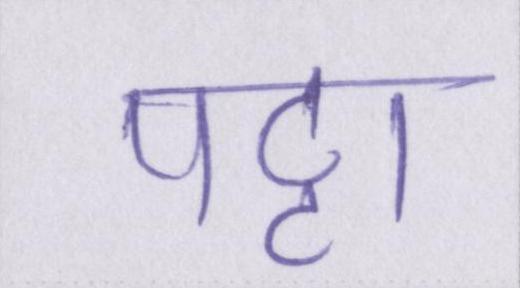
पट्टा